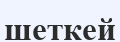
шеткей